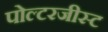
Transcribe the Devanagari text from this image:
पोल्टरजीस्ट